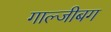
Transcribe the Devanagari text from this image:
गाल्जीबग